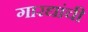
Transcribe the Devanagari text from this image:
गारद्यांची